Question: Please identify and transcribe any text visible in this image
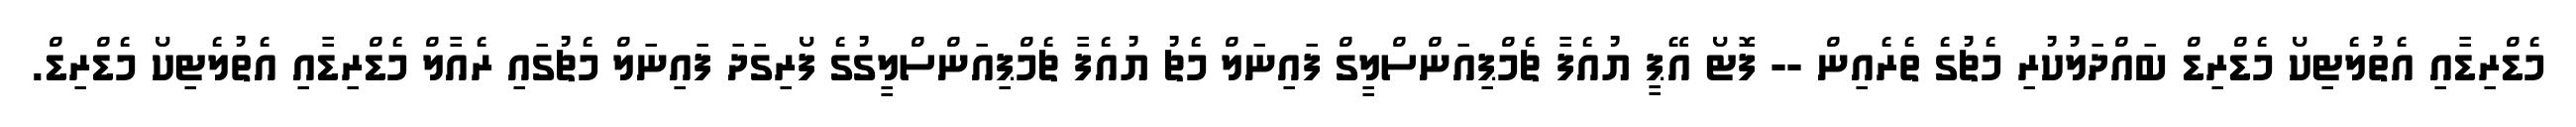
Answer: މެޑްރިޑާއި އެތުލެޓިކޯ މެޑްރިޑް ބައްދަލުކުރި މެޗުގެ ތެރެއިން -- ފޮޓޯ އޭޕީ ޔުއެފާ ޗެމްޕިއަންސްލީގް ފައިނަލް މެޗު ޔުއެފާ ޗެމްޕިއަންސްލީގުގެ ފޯރިގަދަ ފައިނަލް މެޗުގައި ރެއާލް މެޑްރިޑާއި އެތުލެޓިކޯ މެޑްރިޑް.